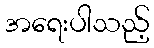
အရေးပါသည့်